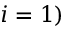
i = 1 )